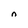
Character: n